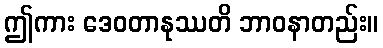
ဤကား ဒေဝတာနုဿတိ ဘာဝနာတည်း။